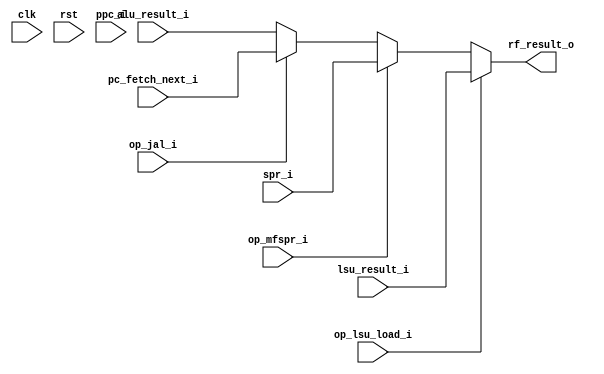
module mor1kx_wb_mux_espresso
  (
   rf_result_o,
   clk, rst, alu_result_i, lsu_result_i, ppc_i, pc_fetch_next_i,
   spr_i, op_jal_i, op_lsu_load_i, op_mfspr_i
   );
   parameter OPTION_OPERAND_WIDTH = 32;
   input clk, rst;
   input [OPTION_OPERAND_WIDTH-1:0] alu_result_i;
   input [OPTION_OPERAND_WIDTH-1:0] lsu_result_i;
   input [OPTION_OPERAND_WIDTH-1:0] ppc_i;
   input [OPTION_OPERAND_WIDTH-1:0] pc_fetch_next_i;
   input [OPTION_OPERAND_WIDTH-1:0] spr_i;
   output [OPTION_OPERAND_WIDTH-1:0] rf_result_o;
   input 			      op_jal_i;
   input 			      op_lsu_load_i;
   input 			      op_mfspr_i;
   assign rf_result_o = op_lsu_load_i ? lsu_result_i :
			op_mfspr_i ? spr_i :
			op_jal_i ? pc_fetch_next_i:
			alu_result_i;
endmodule